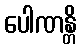
ပေါဏန္တိ